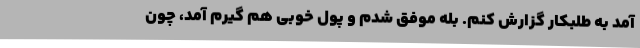
آمد به طلبکار گزارش کنم. بله موفق شدم و پول خوبی هم گیرم آمد، چون